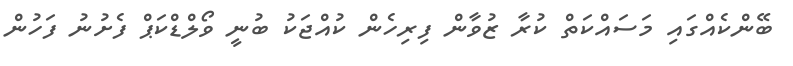
ބޭންކެއްގައި މަސައްކަތް ކުރާ ޒުވާން ފިރިހެން ކުއްޖަކު ބުނީ ވޯލްޑްކަޕް ފެށުނު ފަހުން